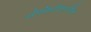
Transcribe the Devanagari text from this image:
योनिपीठातील